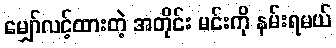
မျှော်လင့်ထားတဲ့ အတိုင်း မင်းကို နမ်းရမယ်